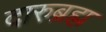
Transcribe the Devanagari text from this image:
दारुब्रह्म